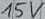
Text: 15V